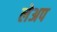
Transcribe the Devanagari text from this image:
लेअप